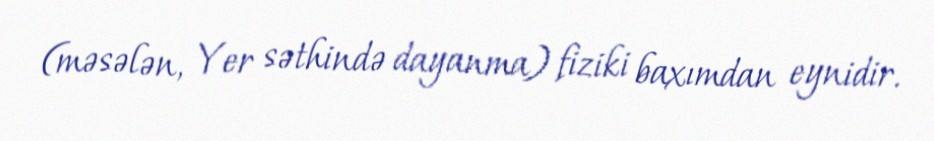
(məsələn, Yer səthində dayanma) fiziki baxımdan eynidir.